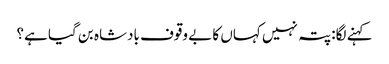
کہنے لگا: پتہ نہیں کہاں کا بے وقوف بادشاہ بن گیا ہے؟